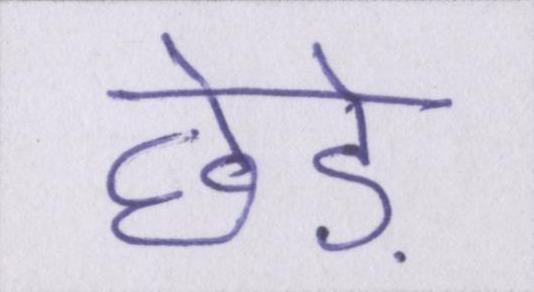
छेड़े